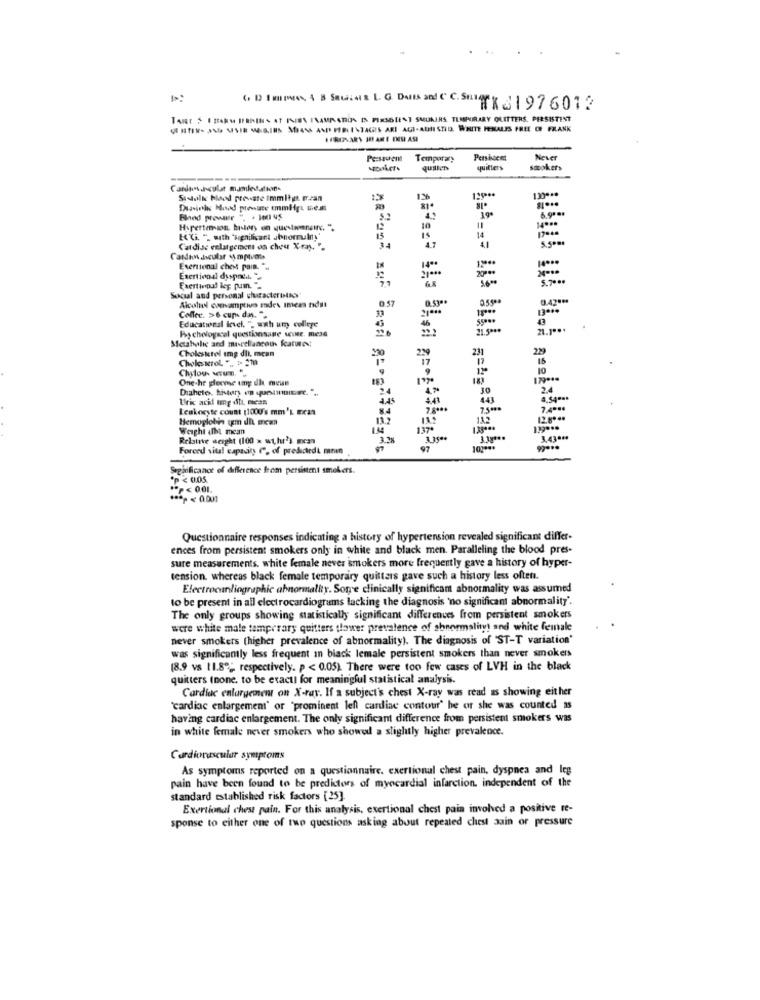
TART SI taky BRAINS 4T INEEN INAMALATIDA IS FIRSOIENT SMUKIRS TEMPORARY QUITTERS. PERSISTENT
Pessuena
Temporary
Pensioen
Never
quitters
smookers
139 ***
Sidolks blood preware Immitya mean
19
6.90 **
Blod prewar ", . Je01 45
14 ***
Hypertemin, history on questaronainc. ".
10
14
is
Cardise enlargement os chou Xray. ".
34
4.7
41
Exertional chest pain. ".
Exertional dyspnel."
Social and personal characterother
Alcohol conamptivo ades imeas ndill
0.57
0.4789
13 ***
Coffee. >6 cups day. ".
Educational level. ", wxh um college
Rychological questionsane sie. me3d
21 5000
21.1 ***
Metabole and miscellaneous features
Cholestetel amp dil, mcan
231
17
29
Chylog- warumn.".
12ª
One-he plecose umy dh mean
183
Diahete. history in quelitinere. " ..
2.4
JO
24
Uric acid tmg dit mess
4.45
Leukocyte count (1000's mm'L meat
8.4
7.8 ***
7.5 **
7.4000
Hemoglobin em dit mean
132
Weight alba mean
14
1.17.
Relaine weight (100 x wt, hur') mcan
3.2%
3.35 **
3,43 **
Forced vital capacity f, of predictedt mean
97
Seginficanot of difference from persistent smokers.
P < 0.05.
*p<0.01.
Questionnaire responses indicating a history of hypertension revealed significant differ-
ences from persistent smokers only in white and black men. Paralleling the blood pres-
sure measurements. white female never smokers more frequently gave a history of hyper-
tension. whereas black female temporary quilters gave such a history less often.
Electrocanliographic abnormality. Sore clinically significam abnormality was assumed
to be present in all electrocardiograms lacking the diagnosis 'no significant abnormality'.
The only groups showing statistically significant differences from persistent smokers
were white male temporary quitters tlower prevalence of shnormality! and white female
never smokers (higher prevalence of abnormality). The diagnosis of 'ST-T variation'
was significantly less frequent in black lemale persistent smokers than never smokers
[8.9 vs 11.8º; respectively. p < 0.05). There were too few cases of LVH in the black
quitters Inone. to be exactl for meaningful statistical analysis.
Cardiac enlargement on X-ray. If a subject's chest X-ray was read as showing either
"cardiac enlargement" or "prominent left cardiac contour' he or she was counted as
having cardiac enlargement. The only significant difference from persistent smokers was
in white female never smokers who showed a slightly higher prevalence.
Cardiovascular symptoms
As symptoms reported on a questionnaire. exertional chest pain, dyspnea and leg
pain have been found to be predictors of myocardial infarction. independent of the
standard established risk factors [25]
Exertional chest pain. For this analysis, exertional chest pain involved a positive te-
sponse to either one of two questions asking about repeated chest pain or pressure